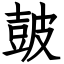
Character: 皷